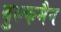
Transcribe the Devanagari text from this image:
वुल्फमैन